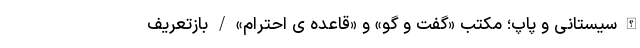
الله سیستانی و پاپ؛ مکتب «گفت و گو» و «قاعده ی احترام» / بازتعریف